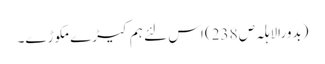
(بدورالاہلہ ص 238) اس لئے ہم کیڑے مکوڑے۔